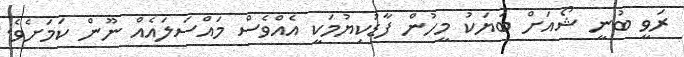
ރަވީ ބުނީ ޝޯއަށް ބަޔަކު މީހުން ފާޑުކިޔުމަކީ އެއްވެސް މައްސަލައެއް ނޫން ކަމަށެވެ.